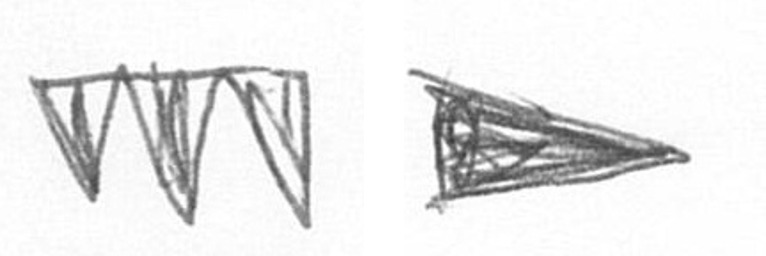
L T